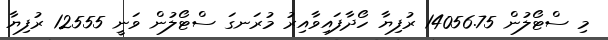
މި ސްޓޯލުން 14056.75 ރުފިޔާ ހޯދާފައިވާއިރު މުރަނގަ ސްޓޯލުން ވަނީ 12555 ރުފިޔާ